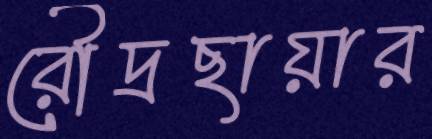
রৌদ্রছায়ার